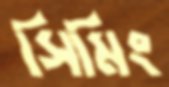
সিমিং